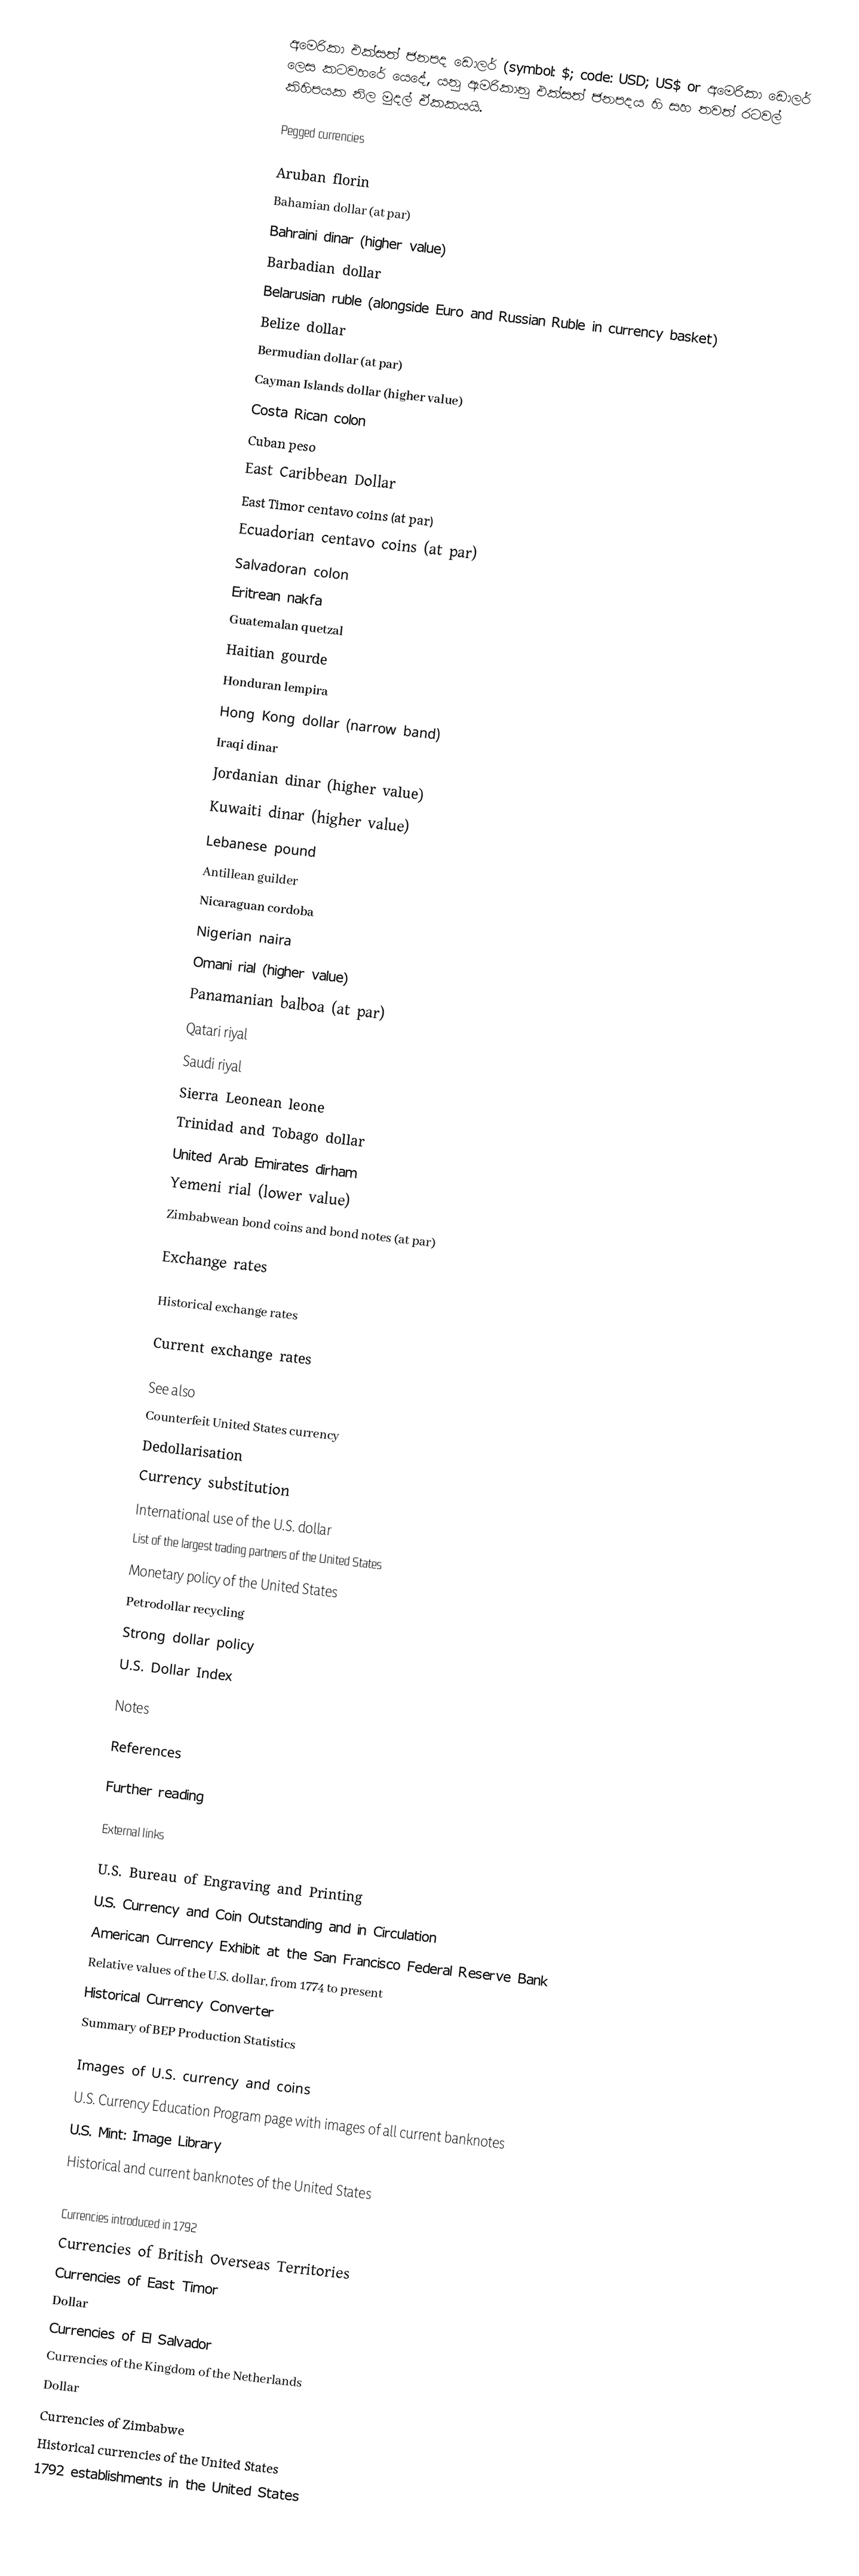
අමෙරිකා එක්සත් ජනපද ඩොලර් (symbol: $; code: USD; US$ or අමෙරිකා ඩොලර් ලෙස කටවහරේ යෙදේ, යනු ඇමරිකානු එක්සත් ජනපදය හි සහ තවත් රටවල් කිහිපයක නිල මුදල් ඒකකයයි.

Pegged currencies

  Aruban florin
  Bahamian dollar (at par)
  Bahraini dinar (higher value)
  Barbadian dollar
  Belarusian ruble (alongside Euro and Russian Ruble in currency basket)
  Belize dollar
  Bermudian dollar (at par)
  Cayman Islands dollar (higher value)
  Costa Rican colon
  Cuban peso
  East Caribbean Dollar
  East Timor centavo coins (at par)
  Ecuadorian centavo coins (at par)
  Salvadoran colon
  Eritrean nakfa
  Guatemalan quetzal
  Haitian gourde
  Honduran lempira
  Hong Kong dollar (narrow band)
  Iraqi dinar
  Jordanian dinar (higher value)
  Kuwaiti dinar (higher value)
  Lebanese pound
  Antillean guilder
  Nicaraguan cordoba
  Nigerian naira
  Omani rial (higher value)
  Panamanian balboa (at par)
  Qatari riyal
  Saudi riyal
  Sierra Leonean leone
  Trinidad and Tobago dollar
  United Arab Emirates dirham
  Yemeni rial (lower value)
  Zimbabwean bond coins and bond notes (at par)

Exchange rates

Historical exchange rates

Current exchange rates

See also
 Counterfeit United States currency
 Dedollarisation
 Currency substitution
 International use of the U.S. dollar
 List of the largest trading partners of the United States
 Monetary policy of the United States
 Petrodollar recycling
 Strong dollar policy
 U.S. Dollar Index

Notes

References

Further reading

External links

 U.S. Bureau of Engraving and Printing
 U.S. Currency and Coin Outstanding and in Circulation
 American Currency Exhibit at the San Francisco Federal Reserve Bank
 Relative values of the U.S. dollar, from 1774 to present
 Historical Currency Converter
 Summary of BEP Production Statistics

Images of U.S. currency and coins
 U.S. Currency Education Program page with images of all current banknotes
 U.S. Mint: Image Library
 Historical and current banknotes of the United States

Currencies introduced in 1792
Currencies of British Overseas Territories
Currencies of East Timor
Dollar
Currencies of El Salvador
Currencies of the Kingdom of the Netherlands
Dollar
Currencies of Zimbabwe
Historical currencies of the United States
1792 establishments in the United States